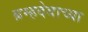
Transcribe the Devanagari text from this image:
ब्रम्हदेवाच्या